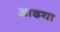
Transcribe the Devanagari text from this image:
आढया